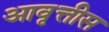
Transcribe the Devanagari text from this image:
आवृत्तीस